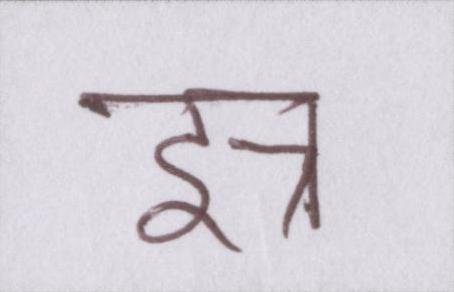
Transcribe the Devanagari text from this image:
इत्र